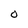
Character: 0